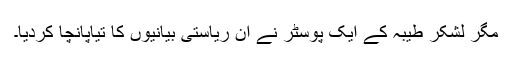
مگر لشکر طیبہ کے ایک پوسٹر نے ان ریاستی بیانیوں کا تیاپانچا کردیا۔